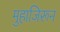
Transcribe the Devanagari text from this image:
मुहाजिरून